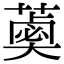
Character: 𦼣